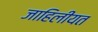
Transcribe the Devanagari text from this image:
जाहिलीयत